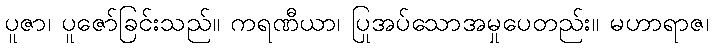
ပူဇာ၊ ပူဇော်ခြင်းသည်။ ကရဏီယာ၊ ပြုအပ်သောအမှုပေတည်း။ မဟာရာဇ၊